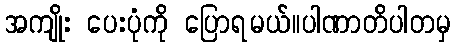
အကျိုး ပေးပုံကို ပြောရမယ်။ပါဏာတိပါတမှ